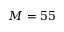
M = 5 5